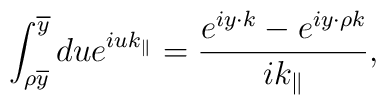
\int_{\rho \overline{y}}^{\overline{y}}du e^{iu k_\parallel}=\frac{e^{iy\cdot k}-e^{iy\cdot \rho k}}{ik_\parallel},